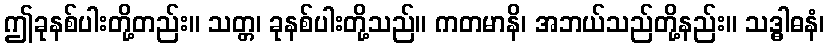
ဤခုနစ်ပါးတို့တည်း။ သတ္တ၊ ခုနစ်ပါးတို့သည်။ ကတမာနိ၊ အဘယ်သည်တို့နည်း။ သဒ္ဓါဓနံ၊